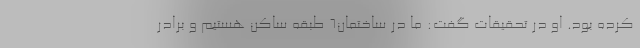
کرده بود. او در تحقیقات گفت: ما در ساختمان۶ طبقه ساکن هستیم و برادر